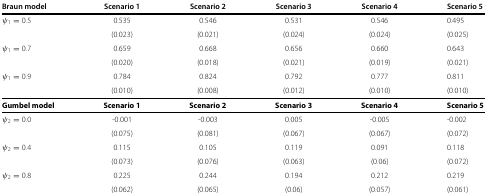
<table><thead><tr><td><b>Braun model</b></td><td><b>Scenario 1</b></td><td><b>Scenario 2</b></td><td><b>Scenario 3</b></td><td><b>Scenario 4</b></td><td><b>Scenario 5</b></td></tr></thead><tbody><tr><td><i>ψ</i><sub>1</sub>=0.5</td><td>0.535</td><td>0.546</td><td>0.531</td><td>0.546</td><td>0.495</td></tr><tr><td> </td><td>(0.023)</td><td>(0.021)</td><td>(0.024)</td><td>(0.024)</td><td>(0.025)</td></tr><tr><td><i>ψ</i><sub>1</sub>=0.7</td><td>0.659</td><td>0.668</td><td>0.656</td><td>0.660</td><td>0.643</td></tr><tr><td> </td><td>(0.020)</td><td>(0.018)</td><td>(0.021)</td><td>(0.019)</td><td>(0.021)</td></tr><tr><td><i>ψ</i><sub>1</sub>=0.9</td><td>0.784</td><td>0.824</td><td>0.792</td><td>0.777</td><td>0.811</td></tr><tr><td> </td><td>(0.010)</td><td>(0.008)</td><td>(0.012)</td><td>(0.010)</td><td>(0.010)</td></tr><tr><td><b>Gumbel model</b></td><td><b>Scenario 1</b></td><td><b>Scenario 2</b></td><td><b>Scenario 3</b></td><td><b>Scenario 4</b></td><td><b>Scenario 5</b></td></tr><tr><td><i>ψ</i><sub>2</sub>=0.0</td><td>-0.001</td><td>-0.003</td><td>0.005</td><td>-0.005</td><td>-0.002</td></tr><tr><td> </td><td>(0.075)</td><td>(0.081)</td><td>(0.067)</td><td>(0.067)</td><td>(0.072)</td></tr><tr><td><i>ψ</i><sub>2</sub>=0.4</td><td>0.115</td><td>0.105</td><td>0.119</td><td>0.091</td><td>0.118</td></tr><tr><td> </td><td>(0.073)</td><td>(0.076)</td><td>(0.063)</td><td>(0.06)</td><td>(0.072)</td></tr><tr><td><i>ψ</i><sub>2</sub>=0.8</td><td>0.225</td><td>0.244</td><td>0.194</td><td>0.212</td><td>0.219</td></tr><tr><td> </td><td>(0.062)</td><td>(0.065)</td><td>(0.06)</td><td>(0.057)</td><td>(0.061)</td></tr></tbody></table>